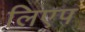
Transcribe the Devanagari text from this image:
लिएप